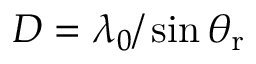
D = \lambda _ { 0 } / \sin { \theta _ { \mathrm { r } } }